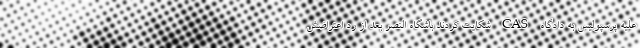
علیه پرسپولیس به دادگاه CAS شکایت کردند باشگاه النصر بعد از رد اعتراضش